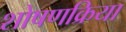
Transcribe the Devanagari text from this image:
शोषणक्रिया